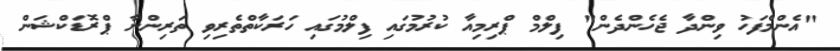
"އެންމެފަހު ވިންދާ ޖެހެންދެން" ފިލްމް ޕްރިމިއާ ކުރުމުގައި ފިލްމުގައި ހަރަކާތްތެރިވި ތަރިންނާ ޕްރޮޑަކްޝަން